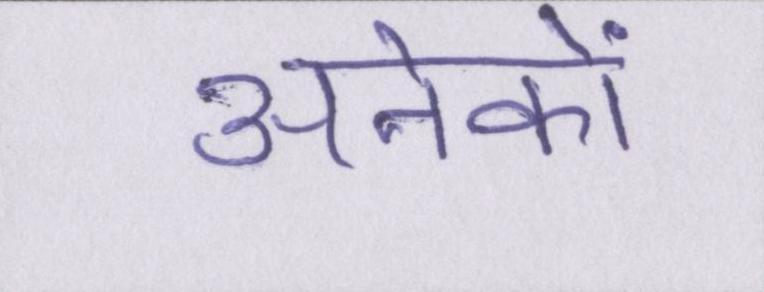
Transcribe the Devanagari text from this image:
अनेकों